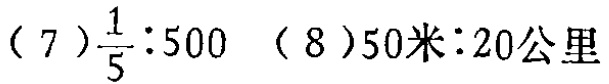
(7) \(\frac{1}{5}:500\)  (8) \(50米:20公里\)